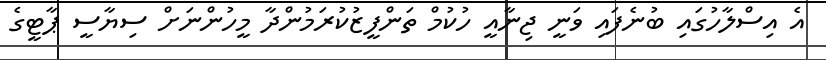
އެ އިސްލާހުގައި ބުނެފައި ވަނީ ޖިނާއީ ހުކުމް ތަންފީޒުކުރަމުންދާ މީހުންނަށް ސިޔާސީ ޕާޓީގެ